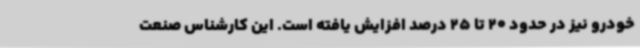
خودرو نیز در حدود 20 تا 25 درصد افزایش یافته است. این کارشناس صنعت